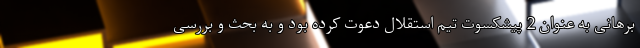
برهانی به عنوان 2 پیشکسوت تیم استقلال دعوت کرده بود و به بحث و بررسی